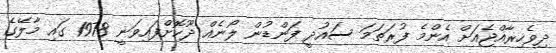
ދިވެހިރާއްޖެއަށް އެންމެ ފުރަތަމަ ސައުދީ ފަންޑުން ލޯނެއް ދޫކޮށްފައިވަނީ 1978 ގައި މާލޭގެ